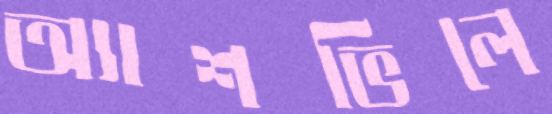
অ্যাশভিলে